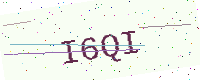
Text: I6QI